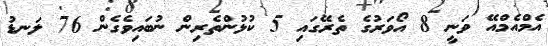
އެމްއެމްއޭ ވަނީ 8 އޯވަރުގެ ތެރޭގައި 5 ކުޅުންތެރިން ނުބައިވެގެން 76 ލަނޑު